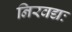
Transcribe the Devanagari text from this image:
निरवद्यः